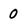
Character: 0